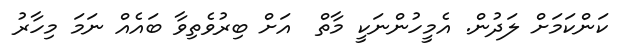
ކަންކަމަށް ލަދުން. އެމީހުންނަކީ މާތް  އަށް ބިރުވެތިވާ ބައެއް ނަމަ މިހާރު